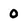
Character: 0